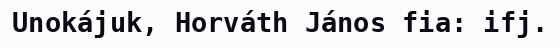
Unokájuk, Horváth János fia: ifj.